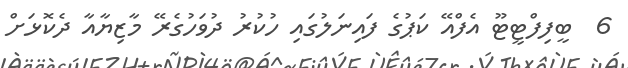
6  ބީފިފްޓީޓޫ އެފްއޭ ކަޕުގެ ފައިނަލުގައި ހުކުރު ދުވަހުގެރޭ މާޒިޔާއާ ދެކޮޅަށް